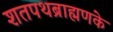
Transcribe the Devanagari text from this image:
शतपथब्राह्मणके